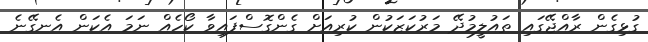
ގުޅިގެން ރާއްޖޭގައި ތައުލީމުދޭ މަރުކަޒަކުން ކުރިއަށް ގެންގޮސްފައިވާ ކޯހެއް ނަމަ އެކަން އެނގޭނެ